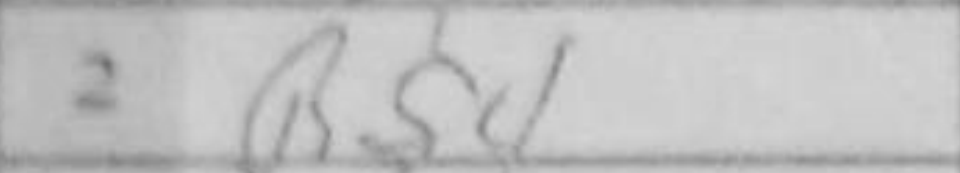
Transcription: Bf4